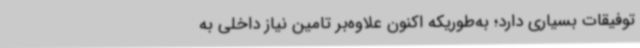
توفیقات بسیاری دارد؛ به‌طوریکه اکنون علاوه‌بر تامین نیاز داخلی به